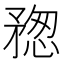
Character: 𥍷